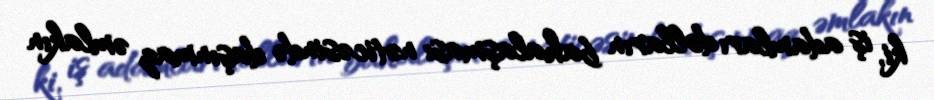
ki, iş adamları dolların bahalaşması nəticəsində daşınmaz əmlakın